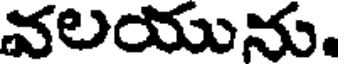
వలయును.